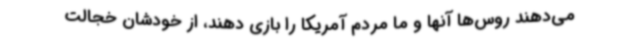
می‌دهند روس‌ها آنها و ما مردم آمریکا را بازی دهند، از خودشان خجالت